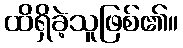
ထိရှိခဲ့သူဖြစ်၏။